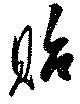
貽